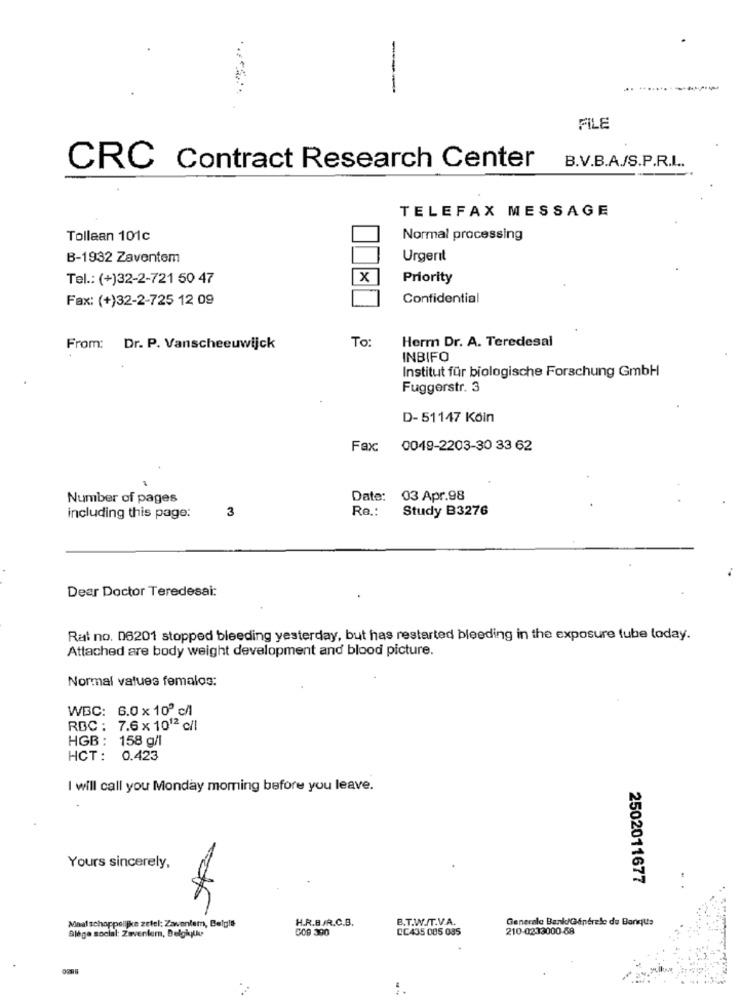
--
.....
......
FILE
CRC Contract Research Center
B.V.B.A./S.P.R.I ..
TELEFAX MESSAGE
Tollaan 101c
Normal processing
B-1932 Zaventem
Urgent
Tel .: (+)32-2-721 50 47
X
Priority
Fax: (+)32-2-725 12 09
Confidential
To:
Herm Dr. A. Teredesal
From: Dr. P. Vanscheeuwijck
INBIFO
Institut für biologische Forschung GmbH
Fuggerstr. 3
D-51147 Köin
Fax:
0049-2203-30 33 62
Number of pages
Date: 03 Apr.98
3
Re .:
Study B3276
including this page:
Dear Doctor Teredesai:
Rat no. 06201 stopped bleeding yesterday, but has restarted bleeding in the exposure tube today.
Attached are body weight development and blood picture.
Normal values femalos:
WBC: 6.0 × 10º c/l
RBC : 7.6 x 1012 c/l
HGB : 158 g/l
HCT: 0.423
I will call you Monday moming before you leave.
Yours sincerely,
2502011677
Maatschappelijke zetel: Zaventem, Belgie
H.R.B./R.C.B.
B.T.W./T.V.A.
Generale Bank/Ginerele de Banque
Siège social: Zaventem, Belgijuke
009 390
CC435 085 085
210-0233000-88